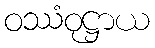
ဝဿံဝုဋ္ဌာယ